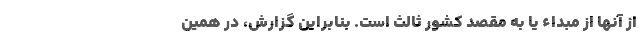
از آنها از مبداء یا به مقصد کشور ثالث است. بنابراین گزارش، در همین